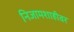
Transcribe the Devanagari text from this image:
निजामशाहीवर